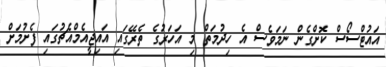
އައުޓްސޯސް ކޮށްގެން ނަމަވެސް އެ ހިދުމަތް މި އަހަރުގެ ތެރޭގައި އައިޖީއެމްއެޗުގައި ފެށުމަށް